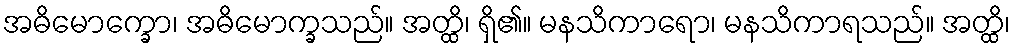
အဓိမောက္ခော၊ အဓိမောက္ခသည်။ အတ္ထိ၊ ရှိ၏။ မနသိကာရော၊ မနသိကာရသည်။ အတ္ထိ၊